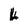
Character: L